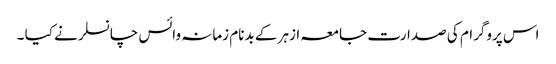
اس پروگرام کی صدارت جامعہ ازہر کے بدنام زمانہ وائس چانسلر نے کیا ۔